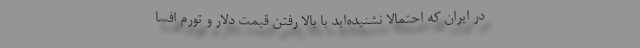
در ایران که احتمالا نشنیده‌اید با بالا رفتن قیمت دلار و تورم افسا